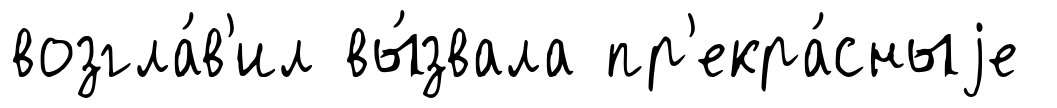
возгла́в'ил вы́звала пр'екра́сныjе